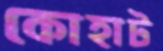
কোহাট